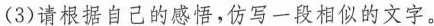
(3)请根据自己的感悟，仿写一段相似的文字。